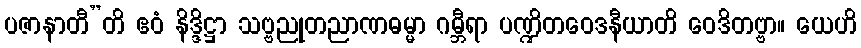
ပဇာနာတီ”တိ ဧဝံ နိဒ္ဒိဋ္ဌာ သဗ္ဗညုတညာဏဓမ္မာ ဂမ္ဘီရာ ပဏ္ဍိတဝေဒနီယာတိ ဝေဒိတဗ္ဗာ။ ယေဟိ